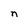
Character: n